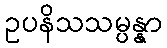
ဥပနိသသမ္ပန္နာ